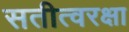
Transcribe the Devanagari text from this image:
सतीत्वरक्षा